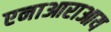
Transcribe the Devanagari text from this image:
एनाआराआय